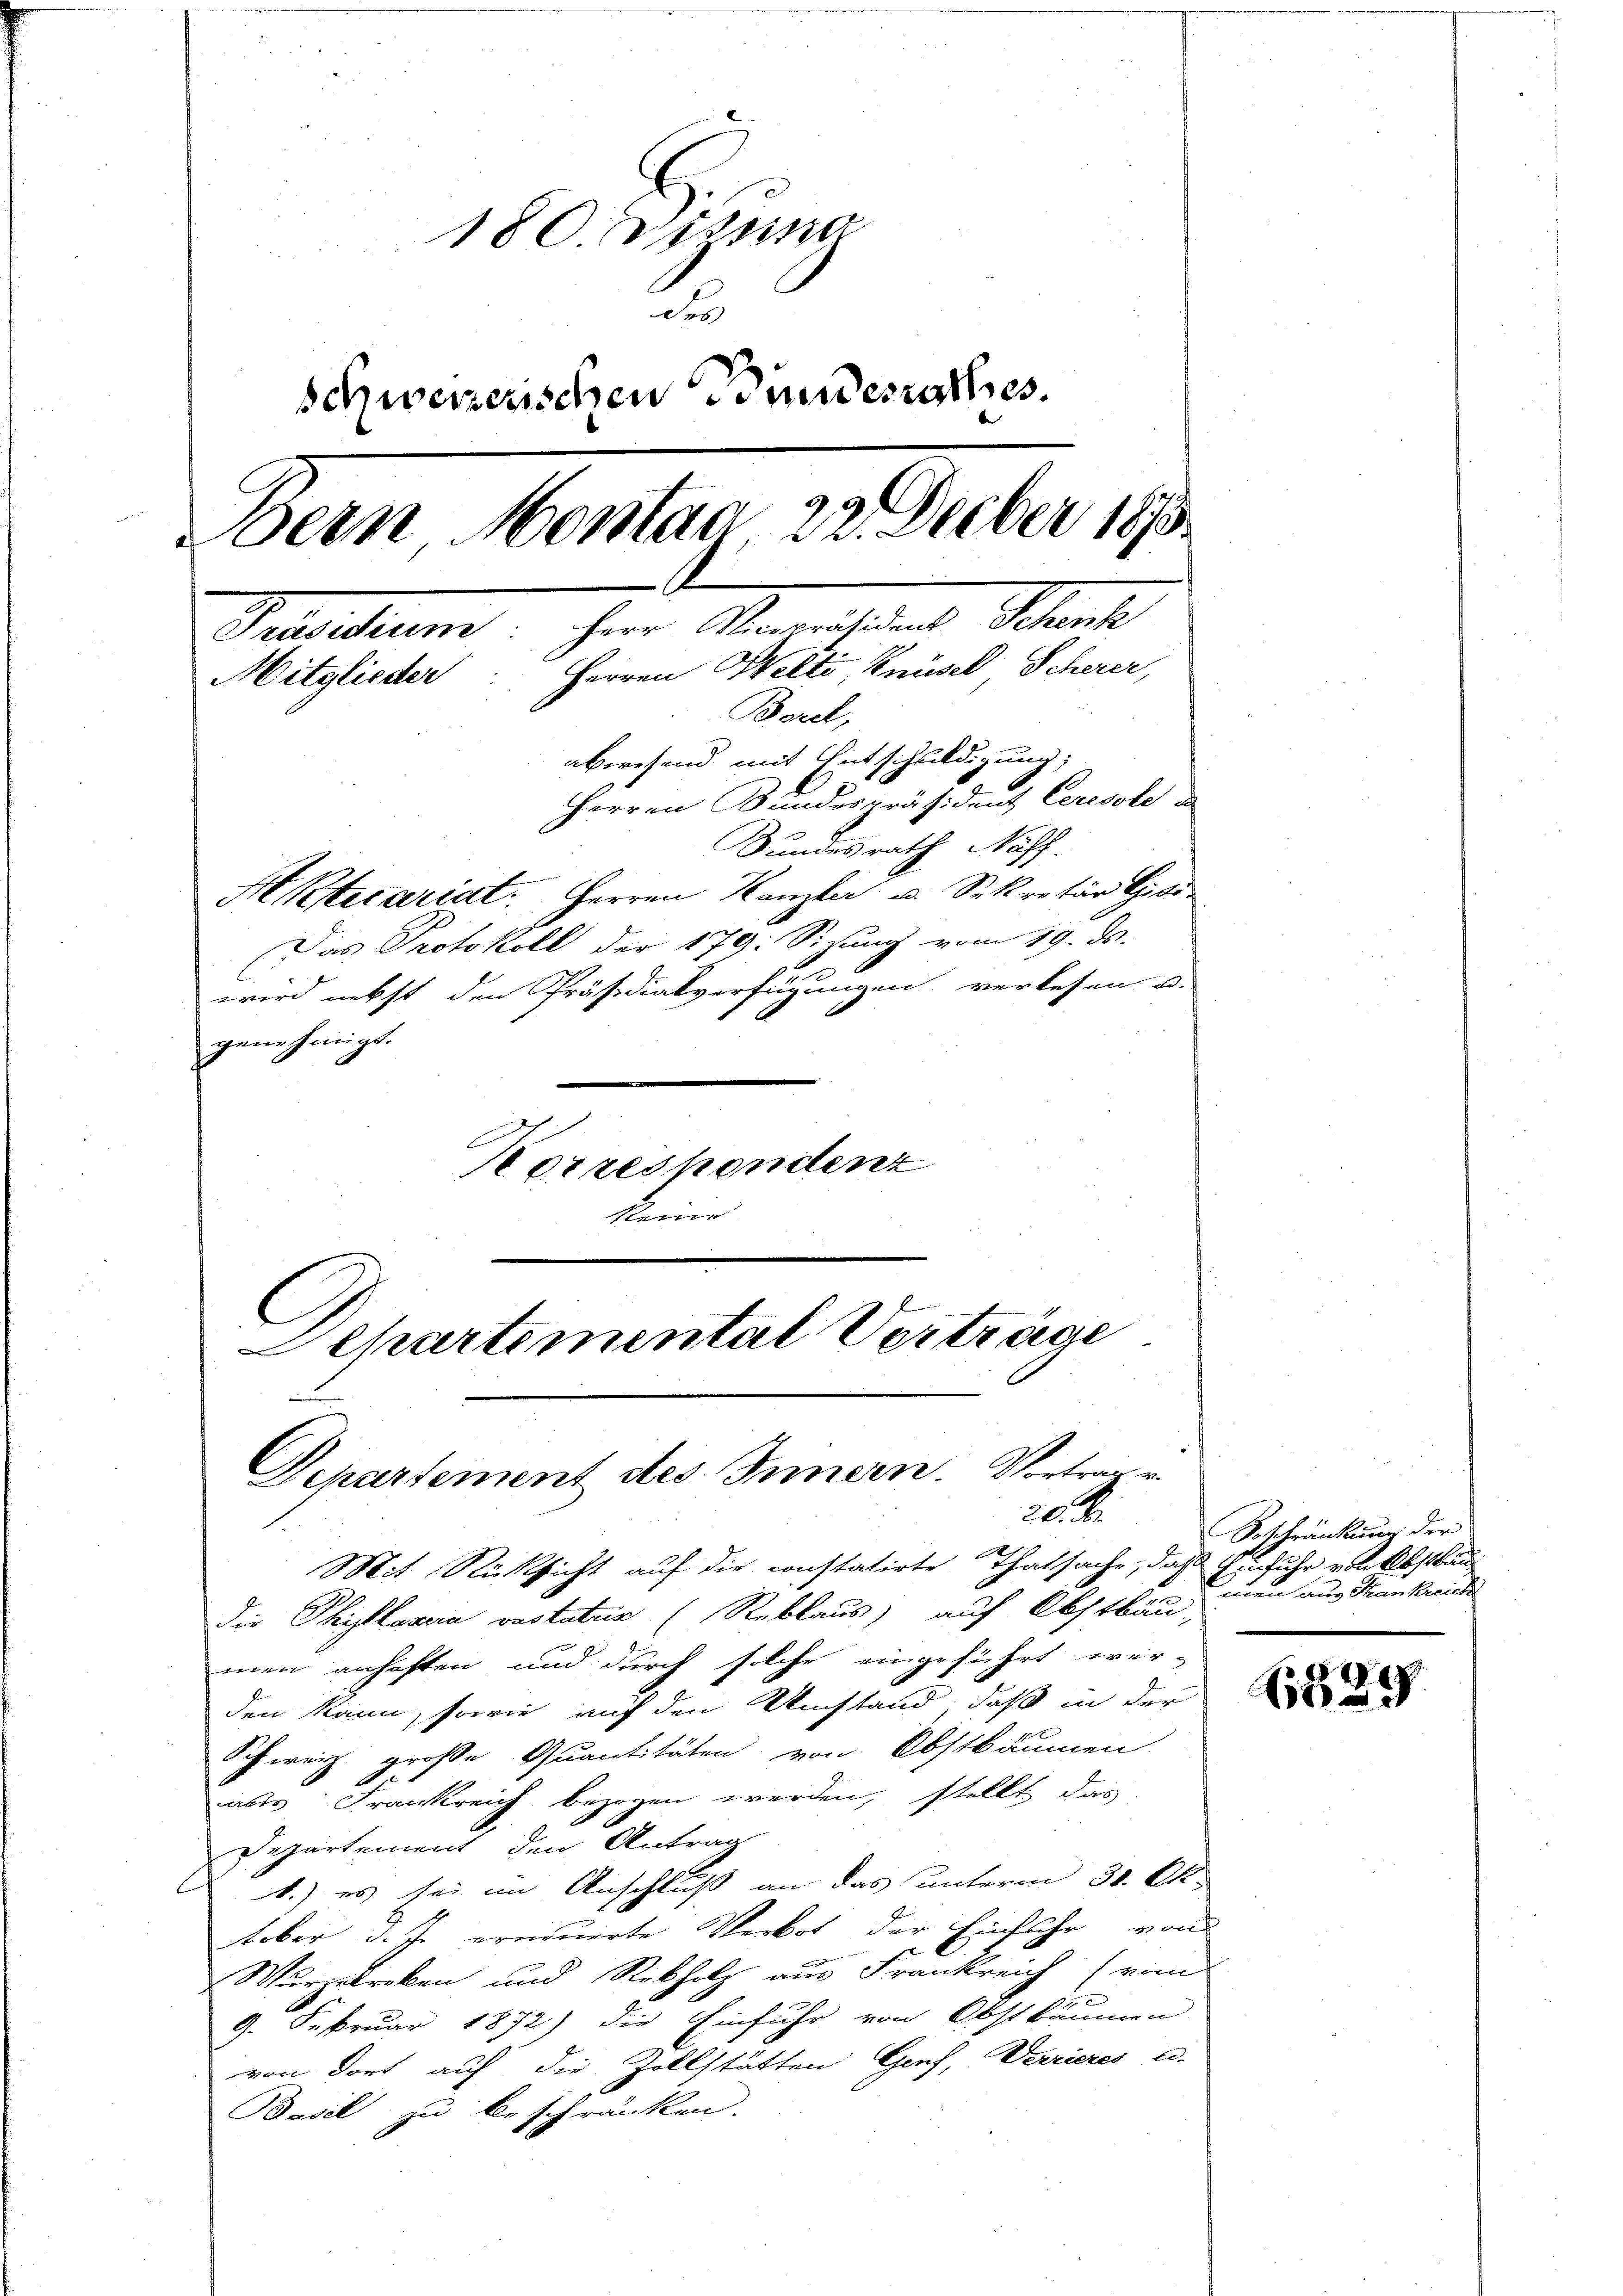
180 mitung
de
schweizerischen wundesrathes.
Bein Mente an Guber 190.
Desiduum, für Korreichung Schanke
Herren Welti, Knüsel Scherer,
Mitglieder
Borel,
abwesend mit Entschuldigung;
Herren Sundespräsident Ceresole da
Bundesrath Näff.
ARtecariat. Herren Kanzler u. Sekretär Civi
Das Protokoll der 179: Sizung vom 19. ds.
wird nebst den Präsidialverfügungen verlesen u.

genehmigt.
Korrespondenz
keine

Lehartemental Verträge
Departement des Innern. Vertrage
20. d.

Mit Rücksicht auf die constatirte Thatsache, daß Einfuhr von Obstkan¬
Die Phillusera vestatur (Reblaus) auf Obstbäu-
men anhaften und durch solche eingeführt wer-
den kann, sowie auf den Umstand, daß in der
Schweiz große Quantitäten von Obstbäumen
2
aus Frankreich bezogen werden, stellt das
Departement den Antrag
1.) es sei im Anschluß an das unterm 30. Oktober d. J. erneuerte Verbot der Einfuhr von
Wurzelreken und Rebholz aus Frankreich (vom
9. Februar 1872) die Einfuhr von Obstbäumen
von dort auf die Zollstätten Genf, Verrieres u.
Basel zu beschränken.

Beschränkung der
men aus Frankreich

.
At